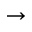
\rightarrow